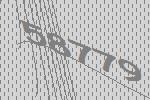
58779